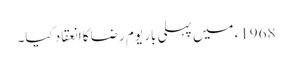
1968ء میں پہلی بار یوم رضا کا انعقاد کیا۔